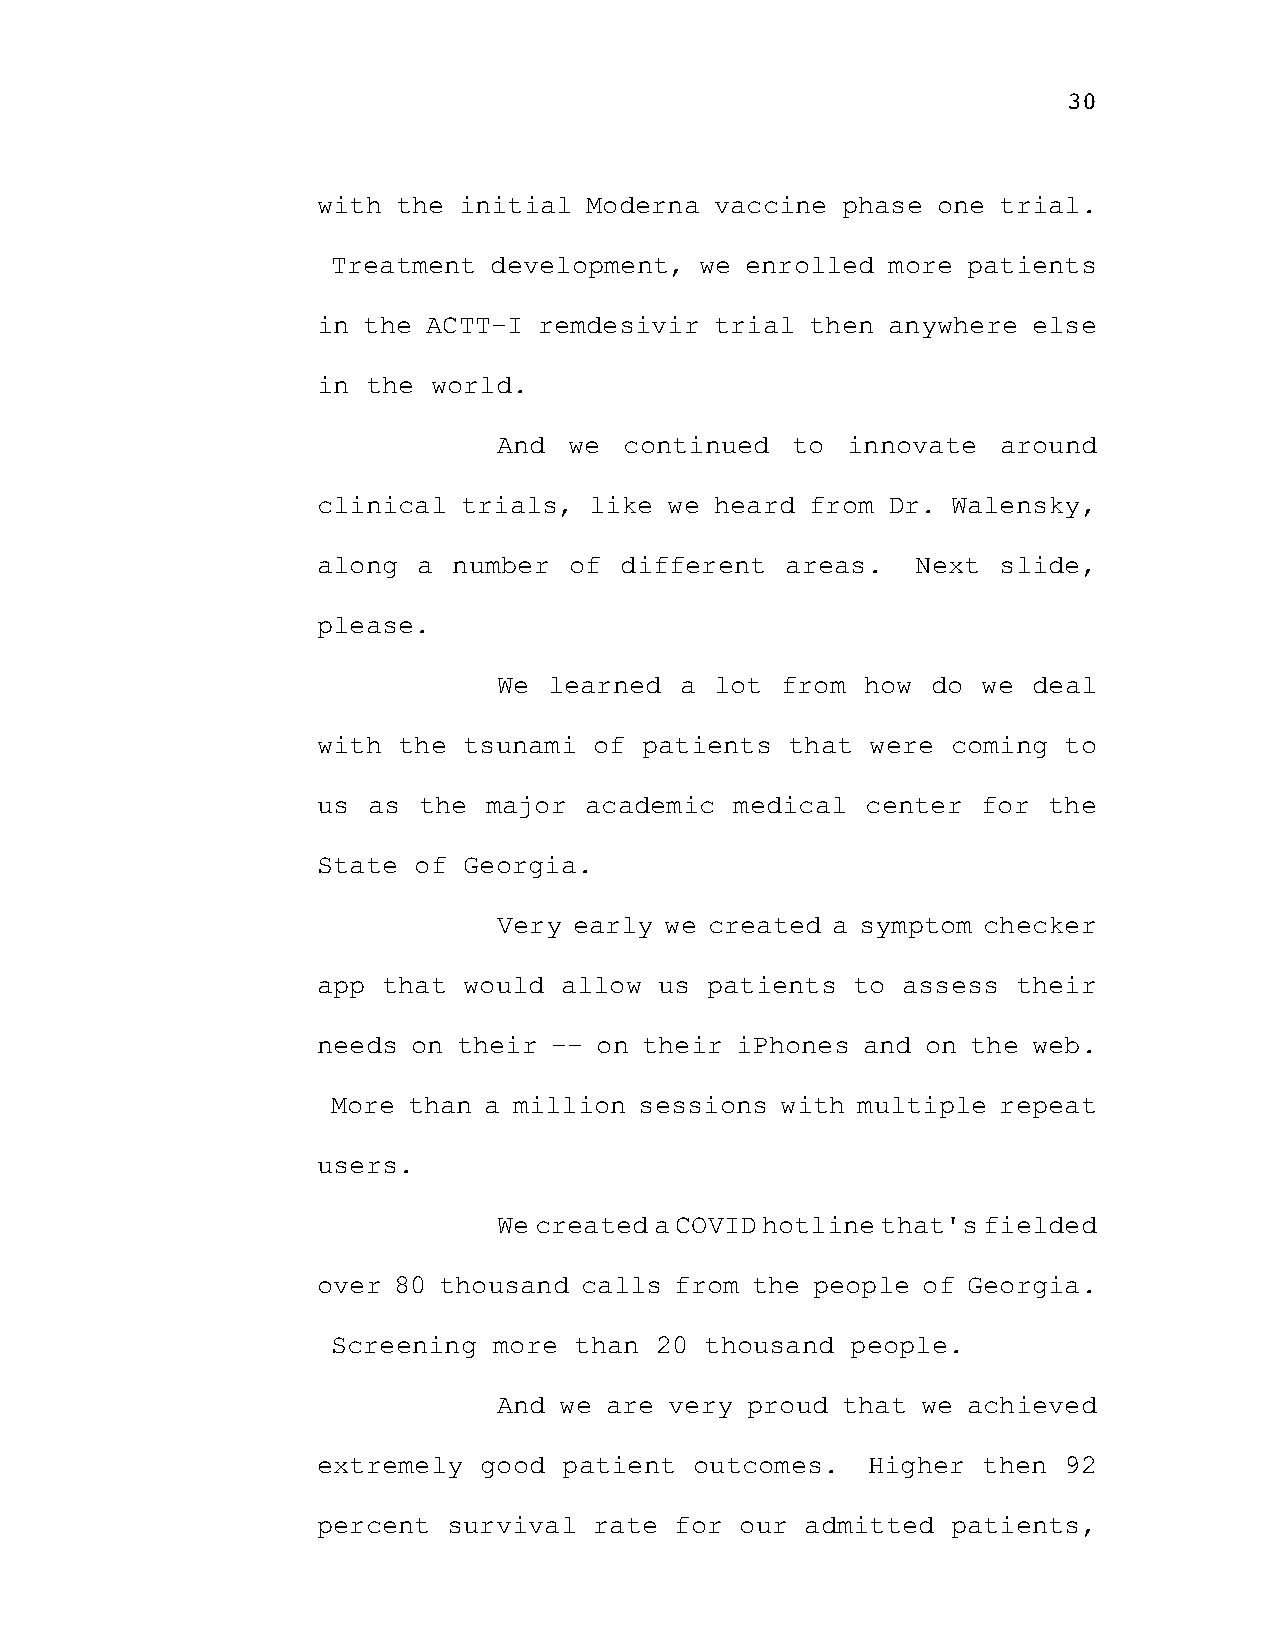
30
 with the initial  Moderna vaccine  phase one trial.
 Treatment development,  we enrolled  more patients
 in the ACTT-I  remdesivir trial  then anywhere else
 in the  world.
 And  we continued  to  innovate  around
 clinical  trials, like we heard  from Dr. Walensky,
 along  a number  of different  areas.   Next slide,
 please.
 We learned  a lot  from how  do we deal
 with the  tsunami of  patients that  were coming to
 us as  the major  academic  medical center  for the
 State of  Georgia.
 Very early we created a symptom checker
 app that  would allow  us patients to  assess their
 needs on their -- on  their iPhones and on the web.
 More than a million sessions  with multiple repeat
 users.
 We created a COVID hotline that's fielded
 over 80 thousand calls  from the people of Georgia.
 Screening  more than 20  thousand people.
 And we are very proud  that we achieved
 extremely  good patient  outcomes.  Higher  then 92
 percent  survival rate  for our admitted  patients,